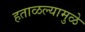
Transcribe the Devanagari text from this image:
हताळल्यामुळे